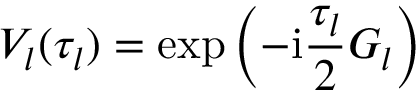
V _ { l } ( \tau _ { l } ) = \exp \left( - \mathrm { i } \frac { \tau _ { l } } { 2 } G _ { l } \right)